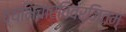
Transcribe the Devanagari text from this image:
व्यभिचारविवर्जितम्